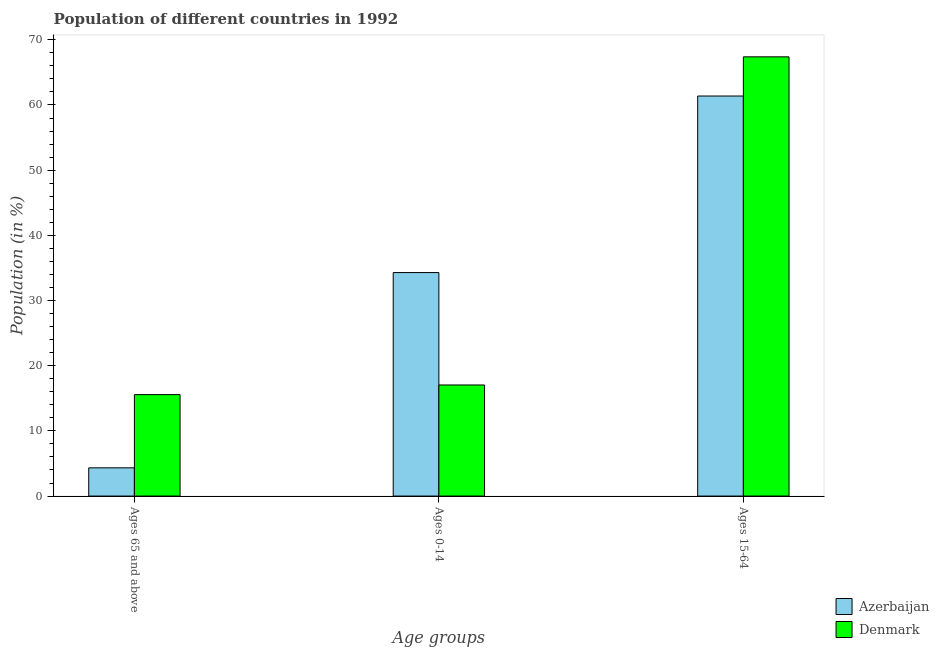
| Age groups | Azerbaijan | Denmark |
 | --- | --- | --- |
 | Ages 65 and above | 4.33 | 15.6 |
 | Ages 0-14 | 34.3 | 17 |
 | Ages 15-64 | 61.4 | 67.4 |